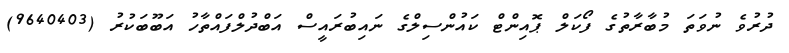
ދުރުވެ ނުވަތަ މުބާރާތުގެ ފޯކަލް ޕޮއިންޓް ކައުންސިލްގެ ނައިބުރައީސް އަބްދުލްފައްތާހު އަބޫބަކުރު (9640403)